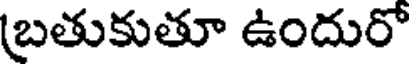
బ్రతుకుతూ ఉందురో